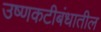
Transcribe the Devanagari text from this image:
उष्णकटीबंधातील